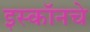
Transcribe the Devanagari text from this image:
इस्कॉनचे